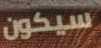
سيكون